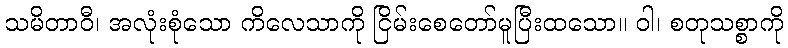
သမိတာဝီ၊ အလုံးစုံသော ကိလေသာကို ငြိမ်းစေတော်မူပြီးထသော။ ဝါ၊ စတုသစ္စာကို